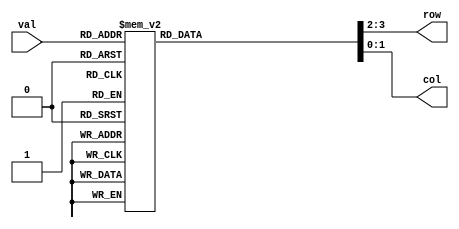
module launchpad_interface(
	input [3:0] val,	
	output [1:0] row,
	output [1:0] col
);

	reg [1:0] x,y;
	assign row = y;
	assign col = x;
	
	always @(*) begin
		case(val)
			4'b0000: begin
				// 0
				x = 2'd0;
				y = 2'd3;
			end
			4'b0001: begin
				// 1
				x = 2'd0;
				y = 2'd0;
			end
			4'b0010: begin
				// 2
				x = 2'd1;
				y = 2'd0;
			end
			4'b0011: begin
				// 3
				x = 2'd2;
				y = 2'd0;
			end
			4'b0100: begin
				// 4
				x = 2'd0;
				y = 2'd1;
			end
			4'b0101: begin
				// 5
				x = 2'd1;
				y = 2'd1;
			end
			4'b0110: begin
				// 6
				x = 2'd2;
				y = 2'd1;
			end
			4'b0111: begin
				// 7	
				x = 2'd0;
				y = 2'd2;
			end
			4'b1000: begin
				// 8
				x = 2'd1;
				y = 2'd2;
			end
			4'b1001: begin
				// 9
				x = 2'd2;
				y = 2'd2;
			end
			4'b1010: begin
				// A
				x = 2'd3;
				y = 2'd0;
			end
			4'b1011: begin
				// B
				x = 2'd3;
				y = 2'd1;
			end
			4'b1100: begin
				// C
				x = 2'd3;
				y = 2'd2;
			end
			4'b1101: begin
				// D
				x = 2'd3;
				y = 2'd3;
			end
			4'b1110: begin
				// E
				x = 2'd2;
				y = 2'd3;
			end
			4'b1111: begin
				// F
				x = 2'd1;
				y = 2'd3;
			end
			default: begin
				x = 2'd0;
				y = 2'd0;
			end
		endcase
	end

endmodule